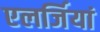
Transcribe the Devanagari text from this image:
एलर्जियां